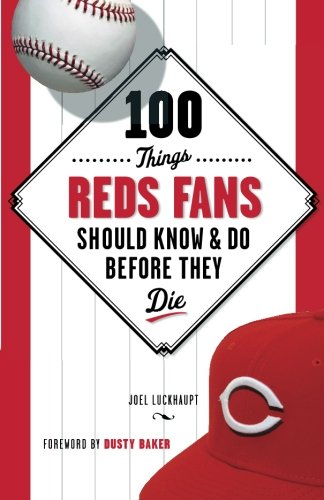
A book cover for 100 Things Reds Fans Should Know & Do Before They Die (100 Things...Fans Should Know); Joel Luckhaupt; Travel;